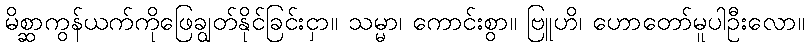
မိစ္ဆာကွန်ယက်ကိုဖြေချွတ်နိုင်ခြင်းငှာ။ သမ္မာ၊ ကောင်းစွာ။ ဗြူဟိ၊ ဟောတော်မူပါဦးလော။